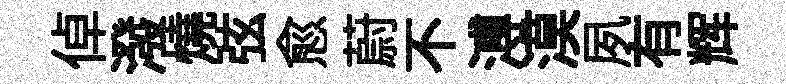
倬潑燒弦愈蔚不溥漠夙有辉